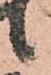
候